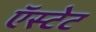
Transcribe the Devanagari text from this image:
ऍस्टेट